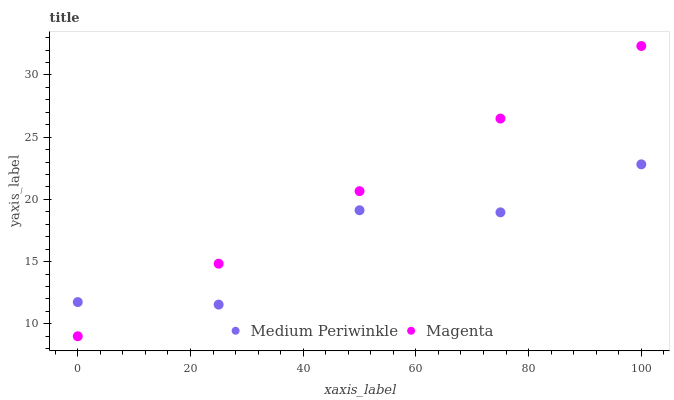
| xaxis_label | Medium Periwinkle | Magenta |
 | --- | --- | --- |
 | 0 | 11.7 | 9 |
 | 25 | 11.5 | 14.8 |
 | 50 | 19.1 | 20.7 |
 | 75 | 19 | 26.5 |
 | 100 | 22.8 | 32.3 |